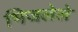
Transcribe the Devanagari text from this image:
भिजलेले